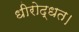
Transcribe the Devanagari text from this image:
धीरोद्धत।